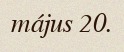
május 20.